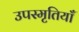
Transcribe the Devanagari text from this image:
उपस्मृतियाँ